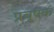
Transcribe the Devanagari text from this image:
प्रचूषक